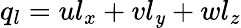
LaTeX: q_{l}=ul_{x}+vl_{\mathit{y}}+wl_{z}